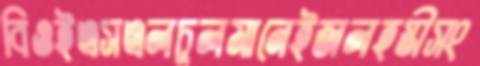
বিওইএসএলচুলমানেইজলহস্তীসং